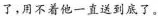
了，用不着他一直送到底了。